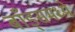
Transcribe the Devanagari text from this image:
बाँड्समध्ये